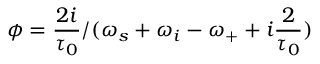
\phi = \frac { 2 i } { \tau _ { 0 } } / ( \omega _ { s } + \omega _ { i } - \omega _ { + } + i \frac { 2 } { \tau _ { 0 } } )